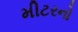
મીટરનો